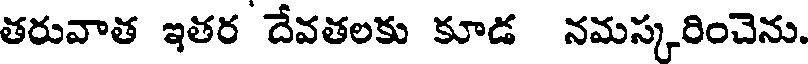
తరువాత ఇతర దేవతలకు కూడ నమస్కరించెను.